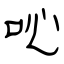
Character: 吣